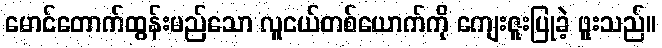
မောင်တောက်ထွန်းမည်သော လူငယ်တစ်ယောက်ကို ကျေးဇူးပြုခဲ့ ဖူးသည်။